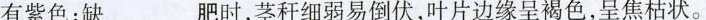
伴有紫色；缺___肥时，茎秆细弱易倒伏，叶片边缘呈褐色，呈焦枯状。